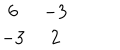
LaTeX: \begin{array} { c c } { { 6 } } & { { - 3 } } \\ { { - 3 } } & { { 2 } } \\ \end{array}